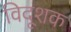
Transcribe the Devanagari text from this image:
विदूशक